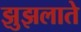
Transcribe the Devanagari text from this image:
झुझलाते